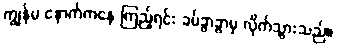
ကျွန်မ နောက်ကနေ ကြည့်ရင်း ခပ်ခွာခွာမှ လိုက်သွားသည်။